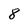
Character: 8